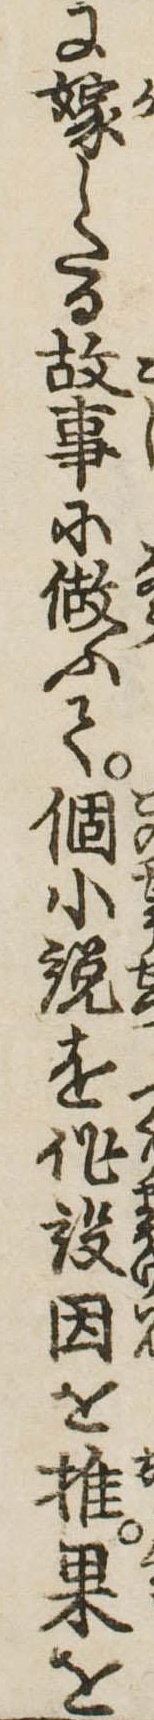
に嫁したる故事に做ふて個小説を作設因を推果を